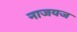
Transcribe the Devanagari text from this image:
नाजयज